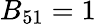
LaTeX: B_{51}=1